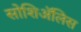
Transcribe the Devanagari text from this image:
सोशिअॅलिस